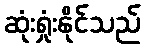
ဆုံးရှုံးနိုင်သည်